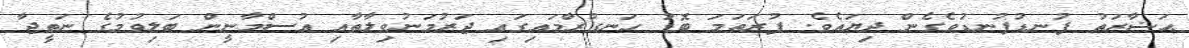
ޙަޟާރަތު ފުނޑުފުނޑުވެގެން ދިޔައެވެ. ފުރަތަމަ ބޮޑު ހަނގުރާމައިގައި ޖަރުމަނުވިލާތާއި އުސްމާނީން ބަލިވުމުގެ ނަތީޖާ